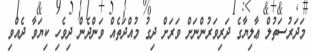
މަދަރުސަތުލް ޢާލިޔާގެ ދަރިވަރުންނަށް ވަރަށް ދިގު މުއްދަތެއް ވަންދެން ދިވެހި ކިޔަވާ ދެއްވި